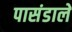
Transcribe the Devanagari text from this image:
पासंडाले